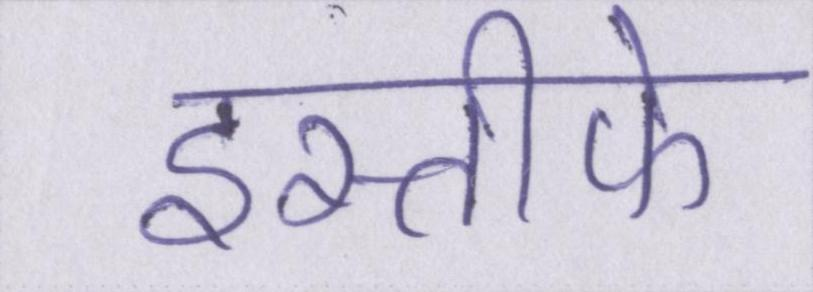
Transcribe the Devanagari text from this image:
इस्तीफे